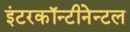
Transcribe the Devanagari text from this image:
इंटरकॉन्टीनेन्टल